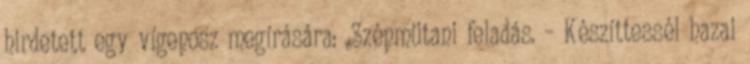
hirdetett egy vígeposz megírására: „Szépmütani feladás. – Készíttessél hazai